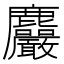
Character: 𪋹